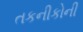
તકનીકોની